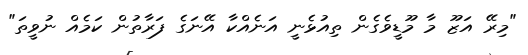
"މިރޭ އަޒޫ މާ މޫޑީވެގެން ތިއުޅެނީ އަނެއްކާ އޭނަގެ ފަރާތުން ކަމެއް ނުވީތަ"